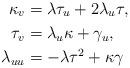
LaTeX: \begin{align*}\kappa_{v} & =\lambda\tau_{u}+2\lambda_{u}\tau,\\\tau_{v} & =\lambda_{u}\kappa+\gamma_{u},\\\lambda_{uu} & =-\lambda\tau^{2}+\kappa\gamma\end{align*}